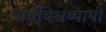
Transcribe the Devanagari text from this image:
सर्वविश्वव्यापी